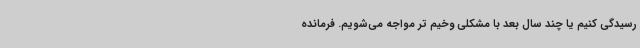
رسیدگی کنیم یا چند سال بعد با مشکلی وخیم تر مواجه می‌شویم. فرمانده